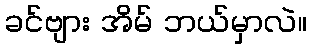
ခင်ဗျား အိမ် ဘယ်မှာလဲ။